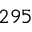
2 9 5